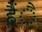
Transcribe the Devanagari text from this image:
हैंै